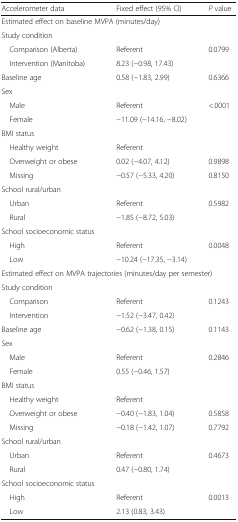
<table><thead><tr><td><b>Accelerometer data</b></td><td><b>Fixed effect (95% CI)</b></td><td><b><i>P</i> value</b></td></tr></thead><tbody><tr><td colspan="3">Estimated effect on baseline MVPA (minutes/day)</td></tr><tr><td colspan="3">Study condition</td></tr><tr><td> Comparison (Alberta)</td><td>Referent</td><td>0.0799</td></tr><tr><td> Intervention (Manitoba)</td><td>8.23 (−0.98, 17.43)</td><td></td></tr><tr><td>Baseline age</td><td>0.58 (−1.83, 2.99)</td><td>0.6366</td></tr><tr><td colspan="3">Sex</td></tr><tr><td> Male</td><td>Referent</td><td>&lt;.0001</td></tr><tr><td> Female</td><td>−11.09 (−14.16, −8.02)</td><td></td></tr><tr><td colspan="3">BMI status</td></tr><tr><td> Healthy weight</td><td>Referent</td><td></td></tr><tr><td> Overweight or obese</td><td>0.02 (−4.07, 4.12)</td><td>0.9898</td></tr><tr><td> Missing</td><td>−0.57 (−5.33, 4.20)</td><td>0.8150</td></tr><tr><td colspan="3">School rural/urban</td></tr><tr><td> Urban</td><td>Referent</td><td>0.5982</td></tr><tr><td> Rural</td><td>−1.85 (−8.72, 5.03)</td><td></td></tr><tr><td>School socioeconomic status</td><td></td><td></td></tr><tr><td> High</td><td>Referent</td><td>0.0048</td></tr><tr><td> Low</td><td>−10.24 (−17.35, −3.14)</td><td></td></tr><tr><td colspan="3">Estimated effect on MVPA trajectories (minutes/day per semester)</td></tr><tr><td>Study condition</td><td></td><td></td></tr><tr><td> Comparison</td><td>Referent</td><td>0.1243</td></tr><tr><td> Intervention</td><td>−1.52 (−3.47, 0.42)</td><td></td></tr><tr><td>Baseline age</td><td>−0.62 (−1.38, 0.15)</td><td>0.1143</td></tr><tr><td>Sex</td><td></td><td></td></tr><tr><td> Male</td><td>Referent</td><td>0.2846</td></tr><tr><td> Female</td><td>0.55 (−0.46, 1.57)</td><td></td></tr><tr><td colspan="3">BMI status</td></tr><tr><td> Healthy weight</td><td>Referent</td><td></td></tr><tr><td> Overweight or obese</td><td>−0.40 (−1.83, 1.04)</td><td>0.5858</td></tr><tr><td> Missing</td><td>−0.18 (−1.42, 1.07)</td><td>0.7792</td></tr><tr><td colspan="3">School rural/urban</td></tr><tr><td> Urban</td><td>Referent</td><td>0.4673</td></tr><tr><td> Rural</td><td>0.47 (−0.80, 1.74)</td><td></td></tr><tr><td colspan="3">School socioeconomic status</td></tr><tr><td> High</td><td>Referent</td><td>0.0013</td></tr><tr><td> Low</td><td>2.13 (0.83, 3.43)</td><td></td></tr></tbody></table>